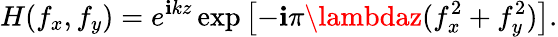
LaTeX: H(f_{x},f_{y})=e^{\mathbf{i}kz}\exp\left[-\mathbf{i}\pi\lambdaz(f_{x}^{2}+f_{y}^{2})\right].